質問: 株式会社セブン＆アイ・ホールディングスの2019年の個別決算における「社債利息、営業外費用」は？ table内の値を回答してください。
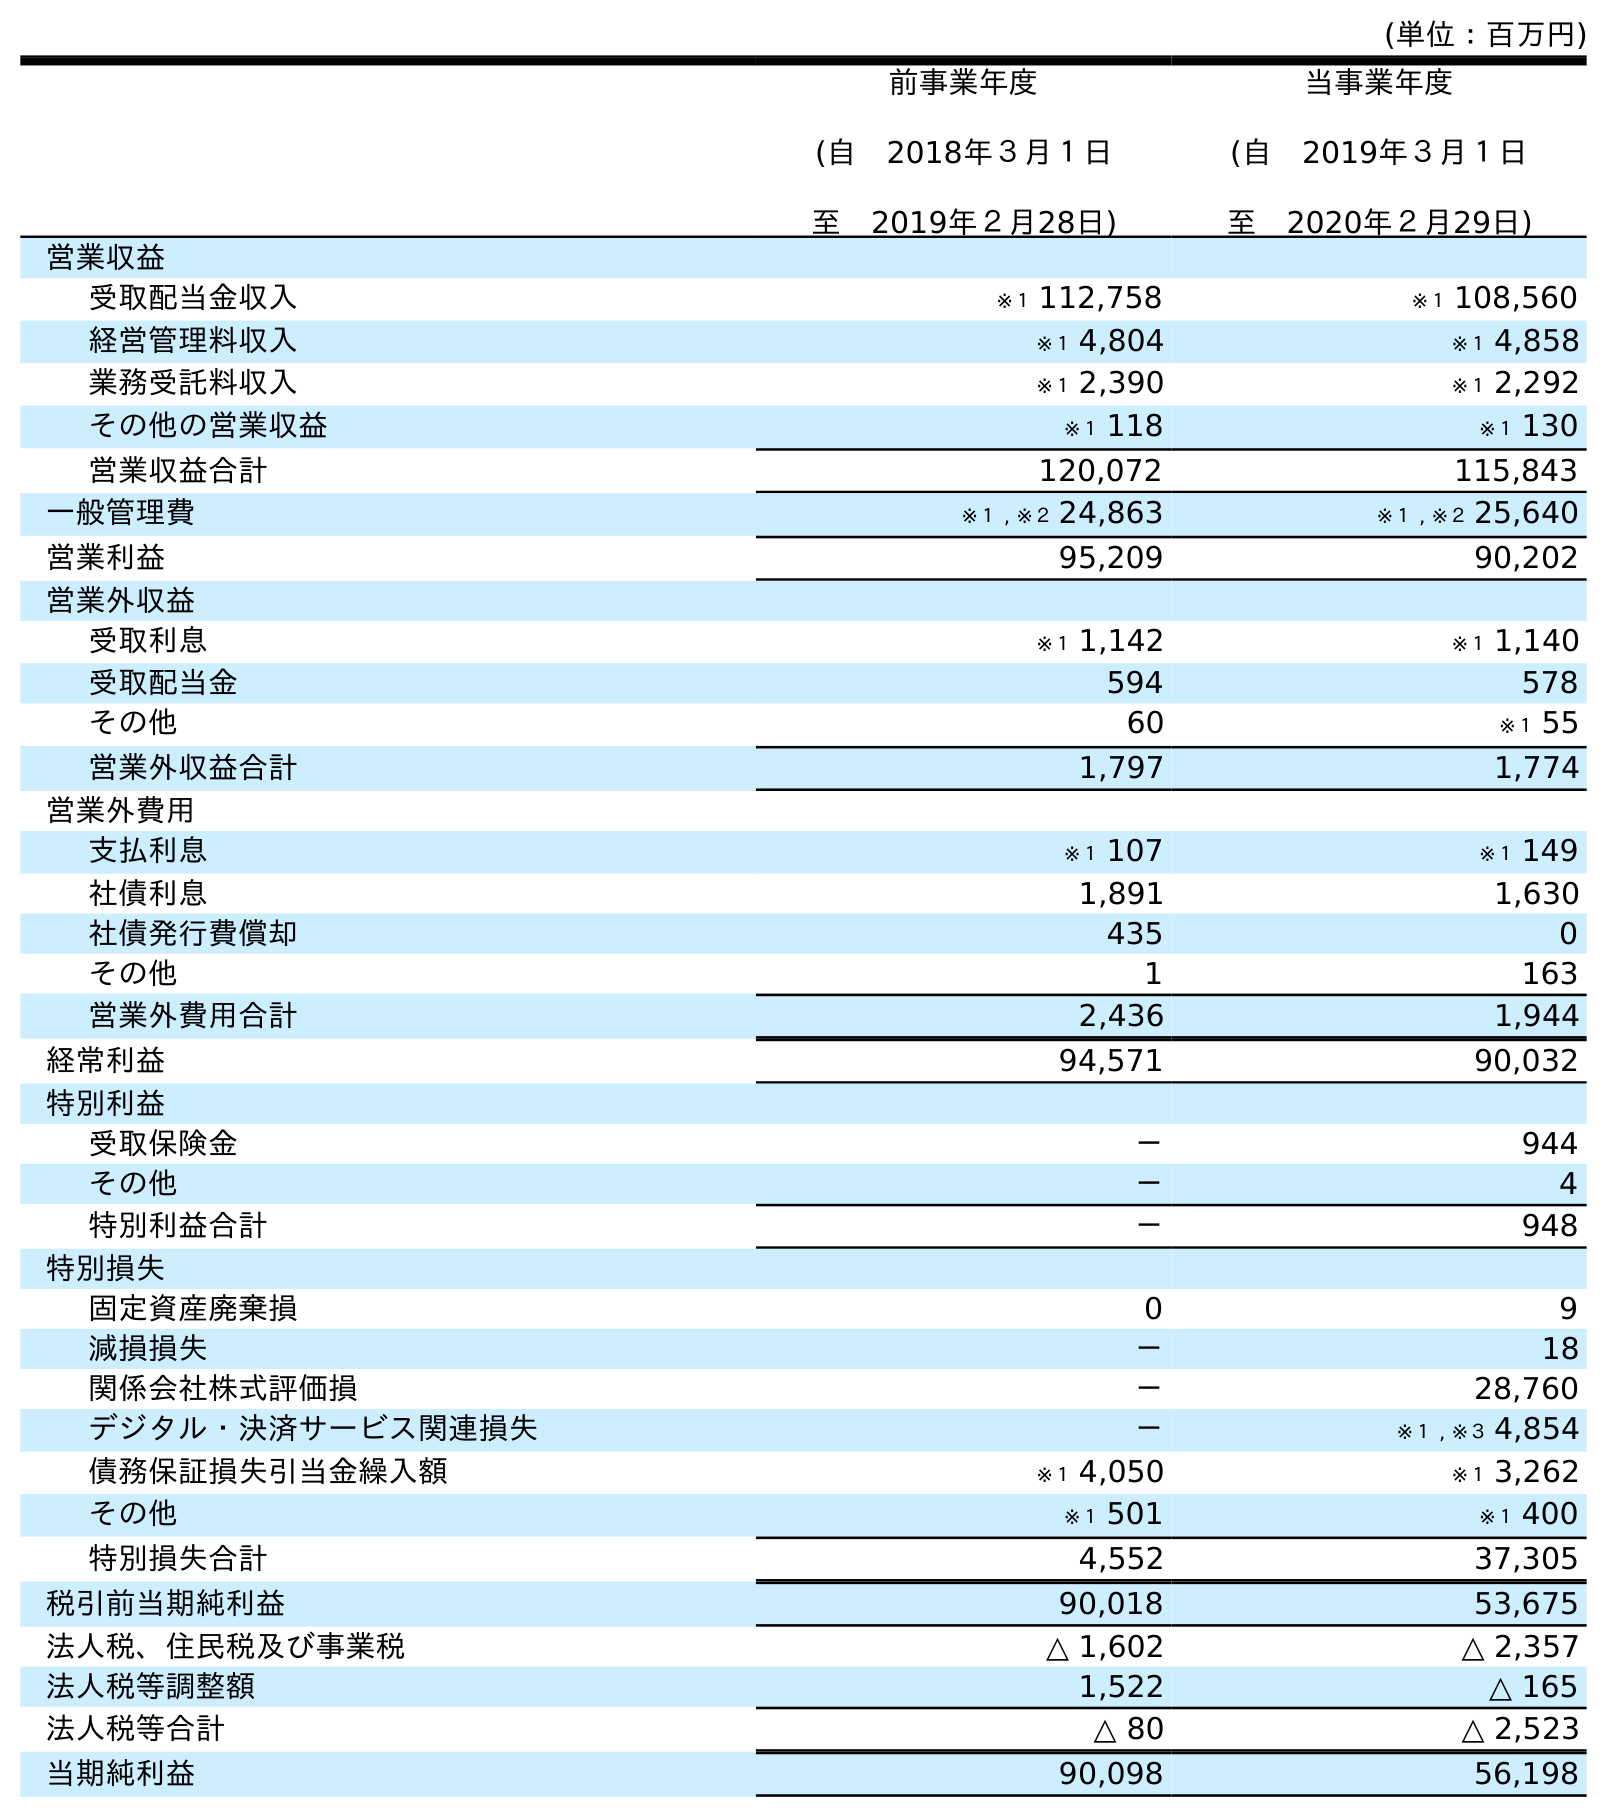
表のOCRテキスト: (単位：百万円) 前事業年度 (自 2018年３月１日 至 2019年２月28日) 当事業年度 (自 2019年３月１日 至 2020年２月29日) 営業収益 受取配当金収入 ※１ 112,758 ※１ 108,560 経営管理料収入 ※１ 4,804 ※１ 4,858 業務受託料収入 ※１ 2,390 ※１ 2,292 その他の営業収益 ※１ 118 ※１ 130 営業収益合計 120,072 115,843 一般管理費 ※１ , ※２ 24,863 ※１ , ※２ 25,640 営業利益 95,209 90,202 営業外収益 受取利息 ※１ 1,142 ※１ 1,140 受取配当金 594 578 その他 60 ※１ 55 営業外収益合計 1,797 1,774 営業外費用 支払利息 ※１ 107 ※１ 149 社債利息 1,891 1,630 社債発行費償却 435 0 その他 1 163 営業外費用合計 2,436 1,944 経常利益 94,571 90,032 特別利益 受取保険金 － 944 その他 － 4 特別利益合計 － 948 特別損失 固定資産廃棄損 0 9 減損損失 － 18 関係会社株式評価損 － 28,760 デジタル・決済サービス関連損失 － ※１ , ※３ 4,854 債務保証損失引当金繰入額 ※１ 4,050 ※１ 3,262 その他 ※１ 501 ※１ 400 特別損失合計 4,552 37,305 税引前当期純利益 90,018 53,675 法人税、住民税及び事業税 △ 1,602 △ 2,357 法人税等調整額 1,522 △ 165 法人税等合計 △ 80 △ 2,523 当期純利益 90,098 56,198
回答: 1,891